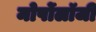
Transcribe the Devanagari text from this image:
मोर्पोलॉजी